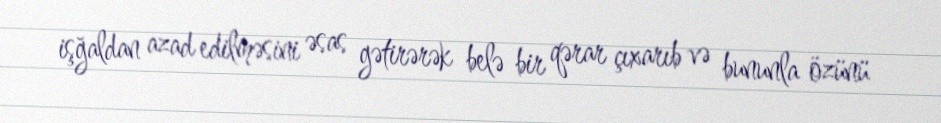
işğaldan azad edilməsini əsas gətirərək belə bir qərar çıxarıb və bununla özünü